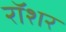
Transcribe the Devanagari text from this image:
रॉशर